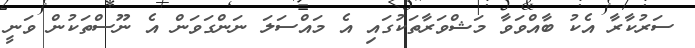
ސަރުކާރާ އެކު ބާއްވަވާ މަޝްވަރާތަކުގައި އެ މައްސަލަ ނަންގަވަން އެ ނޫސްތަކުން ވަނީ